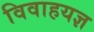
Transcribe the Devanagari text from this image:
विवाहयज्ञ